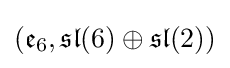
({\mathfrak {e}}_{6},{\mathfrak {sl}}(6)\oplus {\mathfrak {sl}}(2))